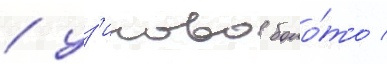
/ уз'илово боло́то /